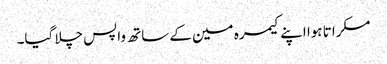
مسکراتا ہوا اپنے کیمرہ مین کے ساتھ واپس چلا گیا۔